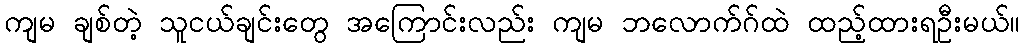
ကျမ ချစ်တဲ့ သူငယ်ချင်းတွေ အကြောင်းလည်း ကျမ ဘလောက်ဂ်ထဲ ထည့်ထားရဦးမယ်။